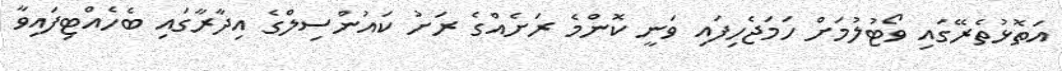
އަތޮޅުތެރޭގައި ވޯޓުލުމަށް ހަމަޖެހިފައި ވަނީ ކޮންމެ ރަށެއްގެ ރަށު ކައުންސިލްގެ އިދާރާގައި ބެހެއްޓިފައިވާ